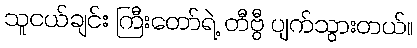
သူငယ်ချင်း ကြီးတော်ရဲ့ တီဗွီ ပျက်သွားတယ်။